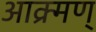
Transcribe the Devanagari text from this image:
आक्र्मण्